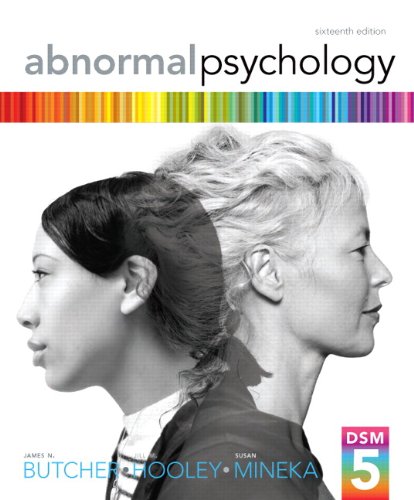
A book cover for Abnormal Psychology (16th Edition); James N. Butcher; Medical Books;